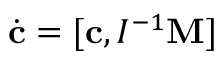
\dot { \bf c } = [ { \bf c } , I ^ { - 1 } { \bf M } ]